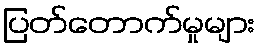
ပြတ်တောက်မှုများ